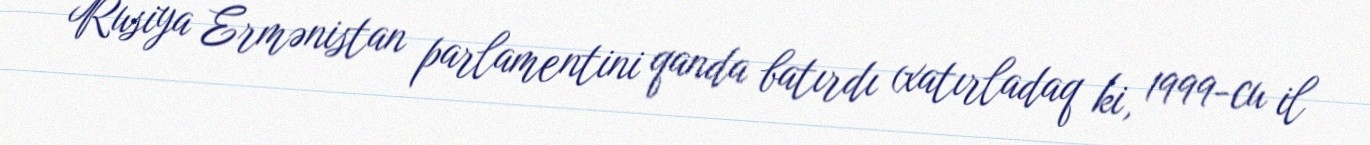
Rusiya Ermənistan parlamentini qanda batırdı (xatırladaq ki, 1999-cu il